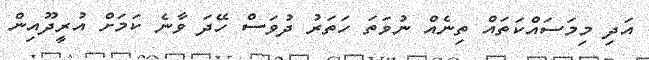
އަދި މިމަސައްކަތައް ތިނެއް ނުވަތަ ހަތަރު ދުވަސް ހޭދަ ވާނެ ކަމަށް އުރީދޫއިން